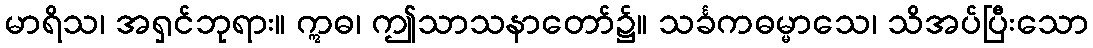
မာရိသ၊ အရှင်ဘုရား။ ဣဓ၊ ဤသာသနာတော်၌။ သင်္ခကဓမ္မာသေ၊ သိအပ်ပြီးသော